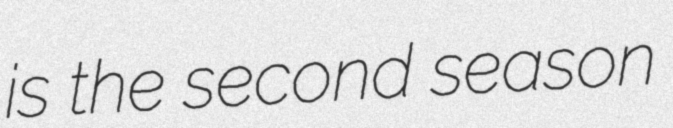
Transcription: is the second season